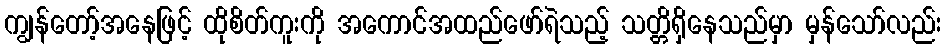
ကျွန်တော့်အနေဖြင့် ထိုစိတ်ကူးကို အကောင်အထည်ဖော်ရဲသည့် သတ္တိရှိနေသည်မှာ မှန်သော်လည်း